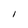
Character: I